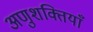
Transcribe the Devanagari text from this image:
अणुशक्तियाँ